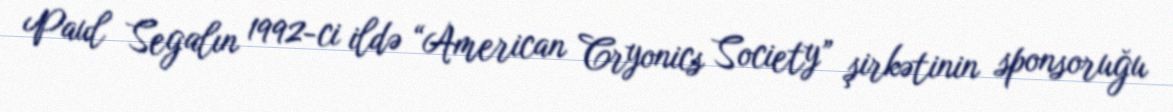
Paul Segalın 1992-ci ildə “American Cryonics Society” şirkətinin sponsoruğu